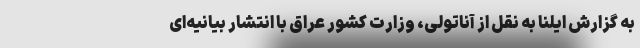
به گزارش ایلنا به نقل از آناتولی، وزارت کشور عراق با انتشار بیانیه‌ای